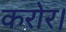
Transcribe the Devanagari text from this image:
करोर।